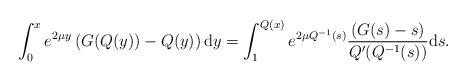
LaTeX: \begin{align*}\int_0^x e^{2 \mu y }\left(G(Q(y))-Q(y)\right)\mathrm{d}y=\int_1^{Q(x)} e^{2 \mu Q^{-1}(s) }\frac{\left(G(s)-s\right)}{Q^{\prime}(Q^{-1}(s))}\mathrm{d}s.\end{align*}